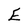
Character: E